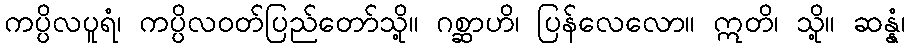
ကပ္ပိလပူရံ၊ ကပ္ပိလဝတ်ပြည်တော်သို့။ ဂစ္ဆာဟိ၊ ပြန်လေလော။ ဣတိ၊ သို့။ ဆန္နံ၊